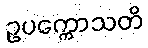
ဥပက္ကောသတိ